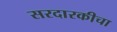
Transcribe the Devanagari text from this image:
सरदारकीचा